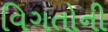
વિગતોની